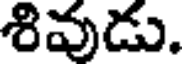
శివుడు.